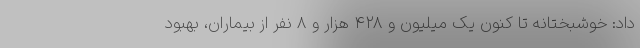
داد: خوشبختانه تا کنون یک میلیون و ۴۲۸ هزار و ۸ نفر از بیماران، بهبود